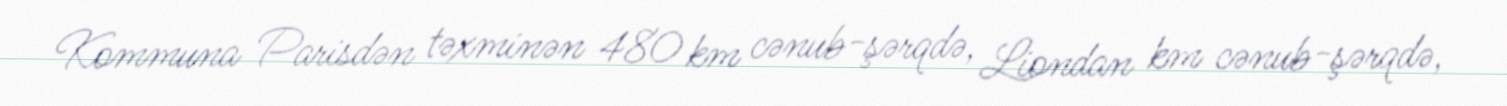
Kommuna Parisdən təxminən 480 km cənub-şərqdə, Liondan km cənub-şərqdə,